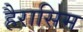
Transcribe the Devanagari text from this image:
हैरासिम